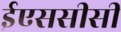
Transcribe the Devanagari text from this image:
ईएससीसी